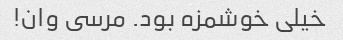
خیلى خوشمزه بود. مرسى وان!